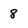
Character: 8